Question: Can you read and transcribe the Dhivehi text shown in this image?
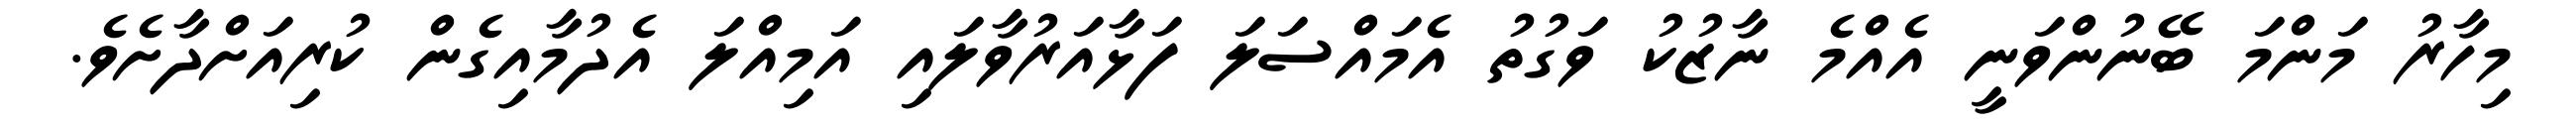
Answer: މިހާރު މަންމަ ބޭނުންވަނީ އެއްމެ ނާޒުކު ވަގުތު އެމައްސަލަ ފަޅާއަރުވާލައި އަމިއްލަ އެދުމާއިގެން ކުރިއަށްދާށެވެ.